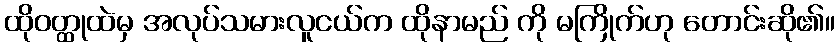
ထိုဝတ္ထုထဲမှ အလုပ်သမားလူငယ်က ထိုနာမည် ကို မကြိုက်ဟု တောင်းဆို၏။